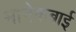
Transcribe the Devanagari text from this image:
मानेकबाई